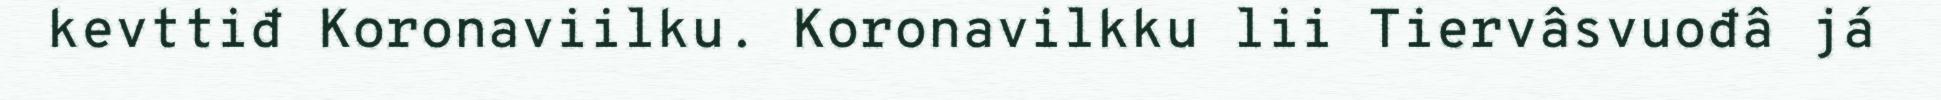
kevttiđ Koronaviilku. Koronavilkku lii Tiervâsvuođâ já